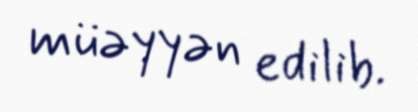
müəyyən edilib.